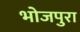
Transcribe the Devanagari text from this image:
भोजपुरा